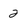
Character: 2